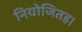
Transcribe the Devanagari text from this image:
नियोजितह।